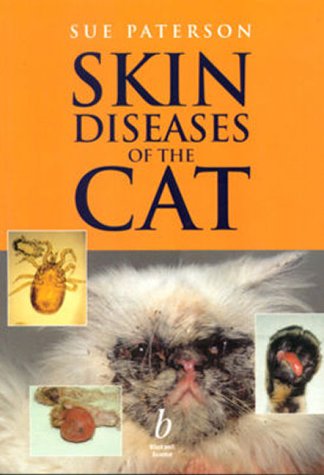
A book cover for Skin Diseases of the Cat; Sue Paterson; Medical Books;